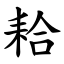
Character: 耠